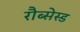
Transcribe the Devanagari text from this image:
रौब्सेस्ड